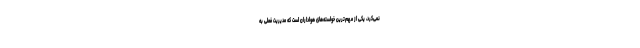
نمی‌کرد، یکی از مهم‌ترین خواسته‌های هواداران است که مدیریت فعلی به